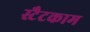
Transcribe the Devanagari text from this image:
स्टैटकाम